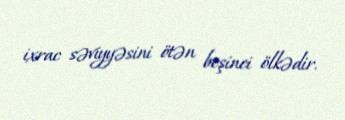
ixrac səviyyəsini ötən beşinci ölkədir.